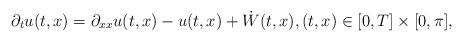
LaTeX: \begin{align*}\partial_t u(t,x) = \partial_{xx} u(t,x) - u(t,x) +\dot W(t,x),(t,x)\in[0,T]\times [0,\pi],\end{align*}